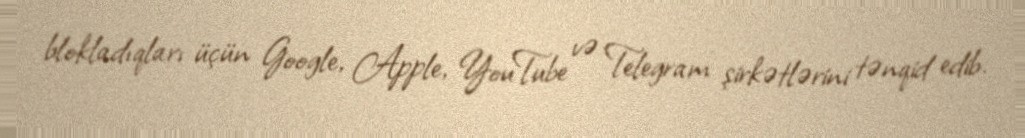
blokladıqları üçün Google, Apple, YouTube və Telegram şirkətlərini tənqid edib.